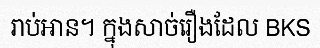
រាប់អាន។ ក្នុងសាច់រឿងដែល BKS